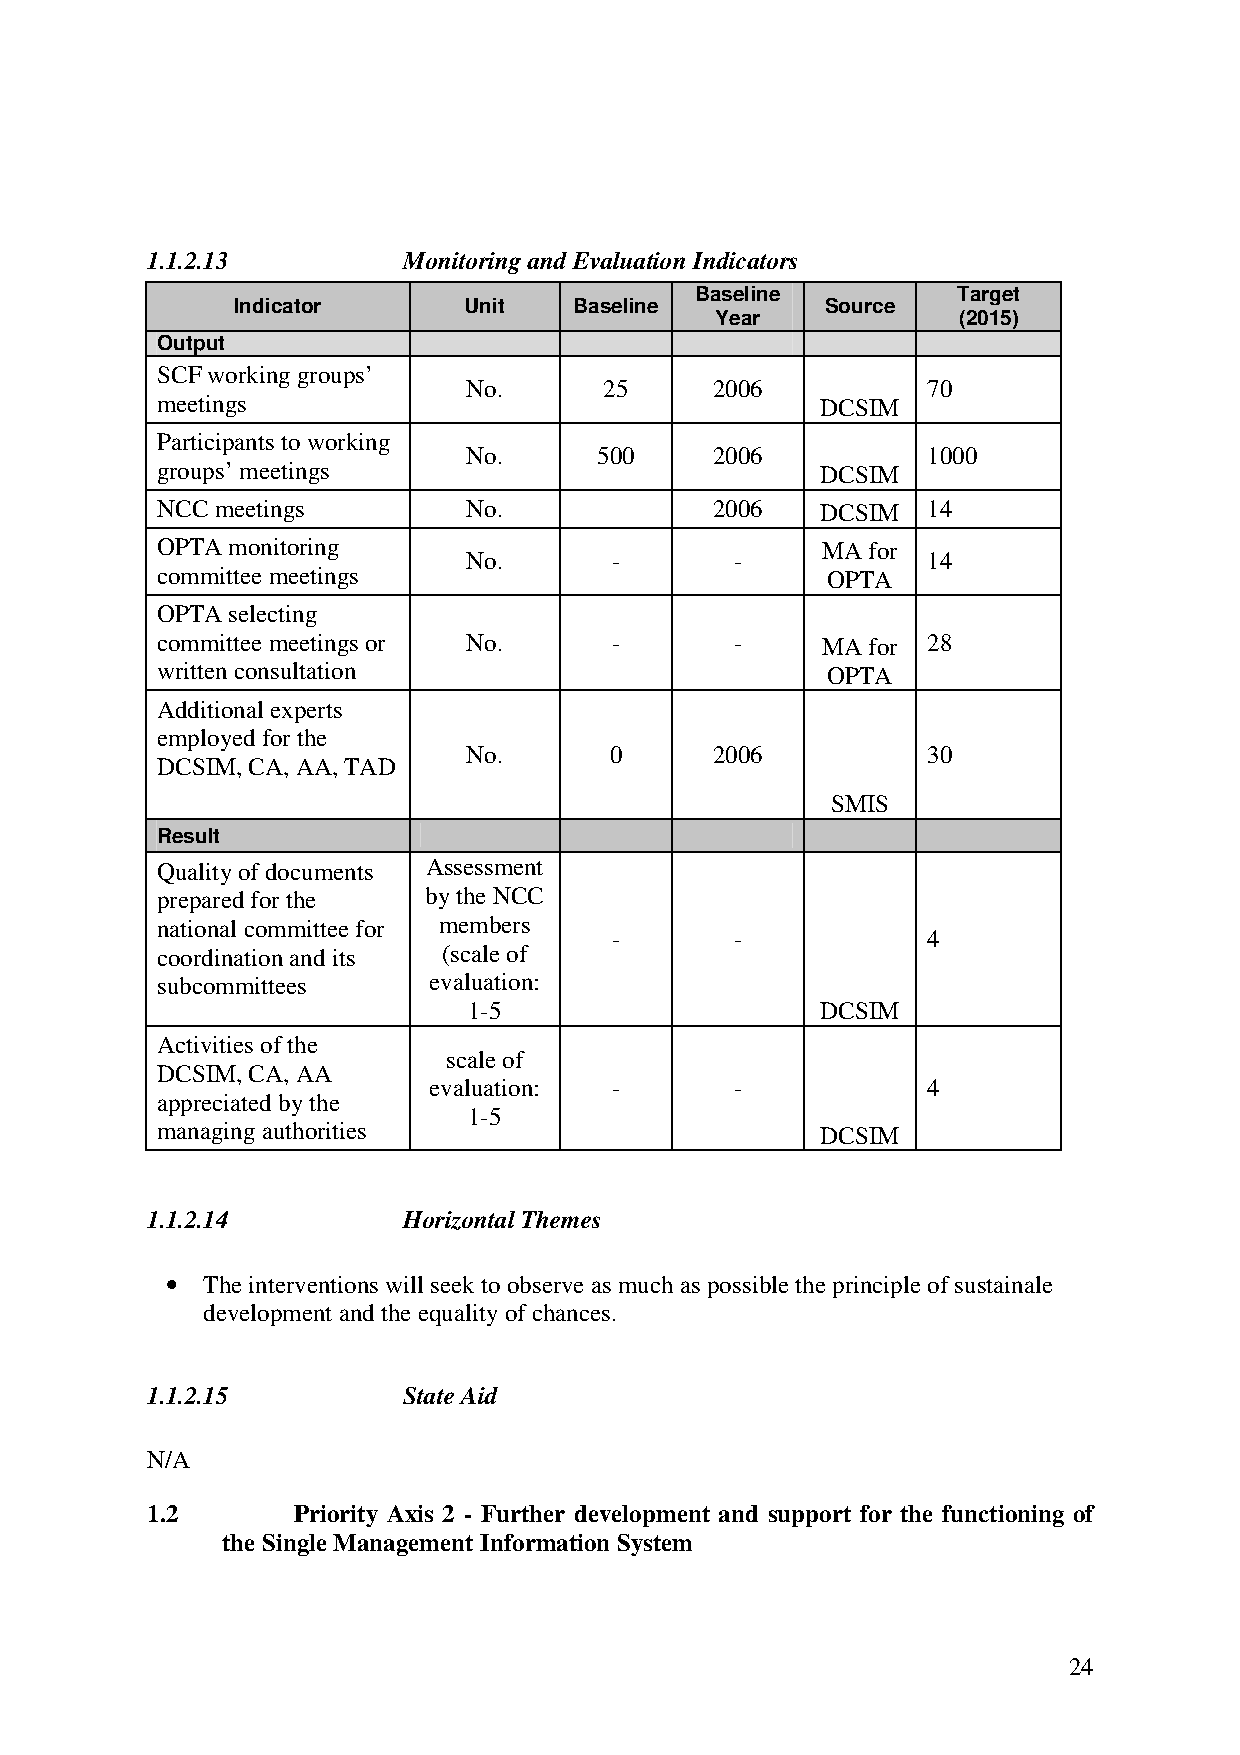
1.1.2.13         Monitoring and Evaluation Indicators
 Baseline         Target
 Indicator       Unit   Baseline         Source
 Year            (2015)
 Output
 SCF working groups’
 No.      25     2006          70
 meetings                                    DCSIM
 Participants to working
 No.      500    2006          1000
 groups’ meetings                            DCSIM
 NCC meetings         No.             2006   DCSIM  14
 OPTA monitoring                             MA for
 No.      -        -           14
 committee meetings                           OPTA
 OPTA selecting
 committee meetings or No.     -        -    MA for 28
 written consultation                         OPTA
 Additional experts
 employed for the
 No.      0      2006          30
 DCSIM, CA, AA, TAD
 SMIS
 Result
 Quality of documents Assessment
 prepared for the  by the NCC
 national committee for members
 -        -           4
 coordination and its (scale of
 subcommittees     evaluation:
 1-5                    DCSIM
 Activities of the
 scale of
 DCSIM, CA, AA
 evaluation: -        -           4
 appreciated by the
 1-5
 managing authorities                        DCSIM
 1.1.2.14         Horizontal Themes
 • The interventions will seek to observe as much as possible the principle of sustainale
 development and the equality of chances.
 1.1.2.15         State Aid
 N/A
 1.2      Priority Axis 2 - Further development and support for the functioning of
 the Single Management Information System
 24